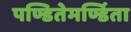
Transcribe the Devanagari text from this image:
पण्डितेमर्ण्डिता